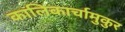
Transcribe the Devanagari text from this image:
कालिकार्चामुकुर